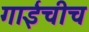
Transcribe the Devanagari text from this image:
गाईंचीच